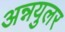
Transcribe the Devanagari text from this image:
अन्नयुलर